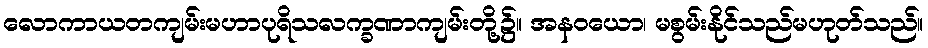
လောကာယတကျမ်းမဟာပုရိသလက္ခဏာကျမ်းတို့၌။ အနဝယော၊ မစွမ်းနိုင်သည်မဟုတ်သည်။